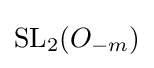
\mathrm {SL} _{2}(O_{-m})